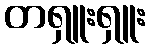
တရှူးရှူး